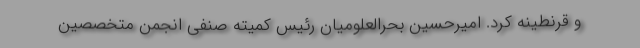
و قرنطینه کرد. امیرحسین بحرالعلومیان رئیس کمیته صنفی انجمن متخصصین